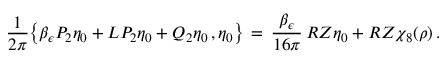
\frac { 1 } { 2 \pi } \bigl \{ \beta _ { \epsilon } P _ { 2 } \eta _ { 0 } + L P _ { 2 } \eta _ { 0 } + Q _ { 2 } \eta _ { 0 } \, , \eta _ { 0 } \bigr \} \, = \, \frac { \beta _ { \epsilon } } { 1 6 \pi } \, R Z \eta _ { 0 } + R Z \chi _ { 8 } ( \rho ) \, .